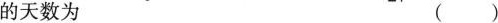
的天数为 ()